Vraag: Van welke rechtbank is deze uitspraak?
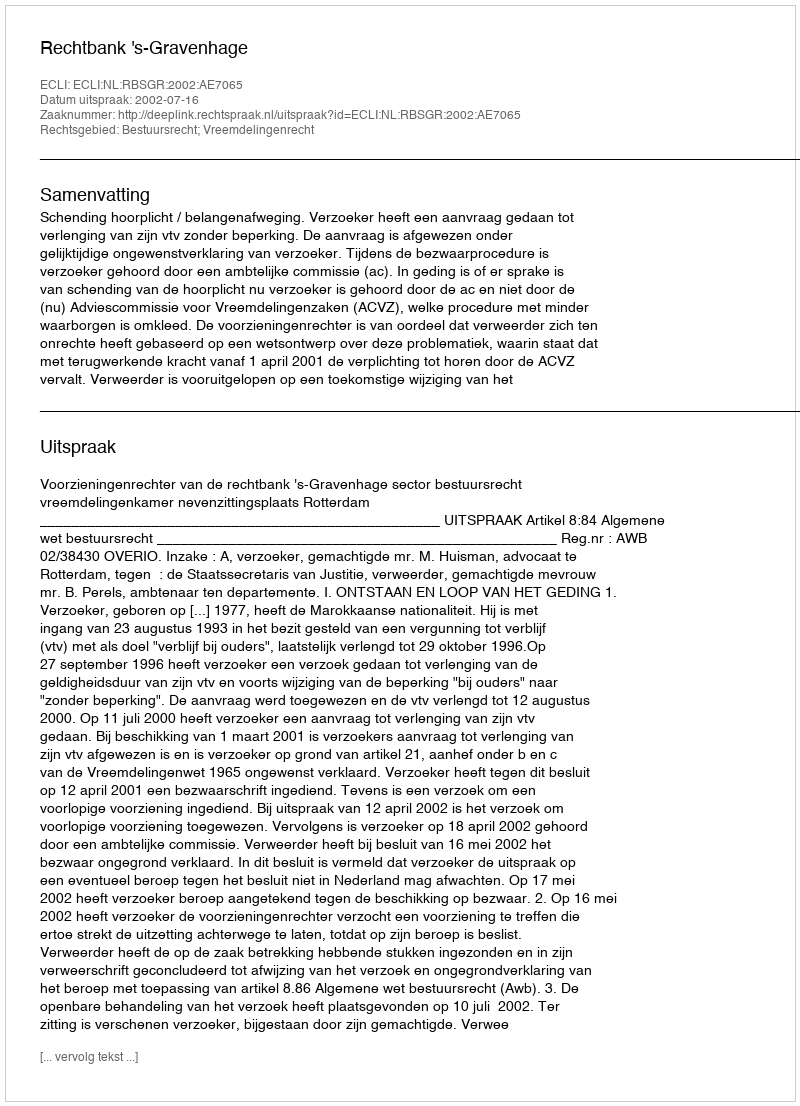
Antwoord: Rechtbank 's-Gravenhage